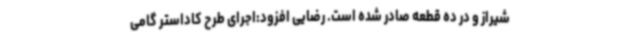
شیراز و در ده قطعه صادر شده است. رضایی افزود:اجرای طرح کاداستر گامی